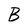
Character: B